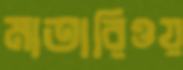
মাতারিওয়